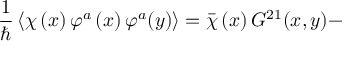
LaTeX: \frac { 1 } { \hbar } \left\langle \chi \left( x \right) \varphi ^ { a } \left( x \right) \varphi ^ { a } ( y ) \right\rangle = \bar { \chi } \left( x \right) G ^ { 2 1 } ( x , y ) -